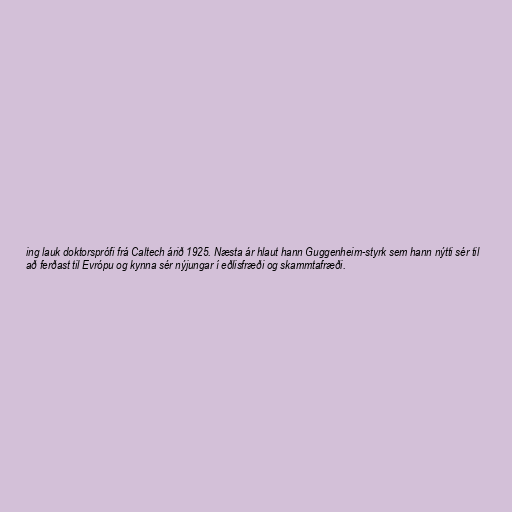
ing lauk doktorsprófi frá Caltech árið 1925. Næsta ár hlaut hann Guggenheim-styrk sem hann nýtti sér til
að ferðast til Evrópu og kynna sér nýjungar í eðlisfræði og skammtafræði.